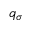
q _ { \sigma }